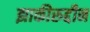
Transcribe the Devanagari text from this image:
झाकीरुद्दीन